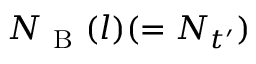
N _ { \mathrm { ~ B ~ } } ( l ) ( = N _ { t ^ { \prime } } )